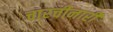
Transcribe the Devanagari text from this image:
चारचीनारी